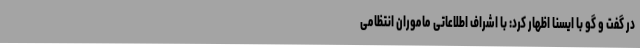
در گفت و گو با ایسنا اظهار کرد: با اشراف اطلاعاتی ماموران انتظامی